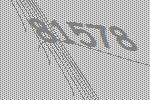
81578